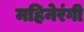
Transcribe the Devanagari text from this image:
महिनेरंगी